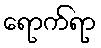
ရောက်ရာ